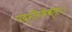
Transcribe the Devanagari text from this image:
पद्मनिभेक्षणः।